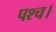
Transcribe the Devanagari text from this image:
पश्च।